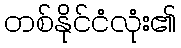
တစ်နိုင်ငံလုံး၏